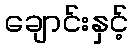
ချောင်းနှင့်